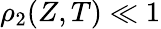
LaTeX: \rho_{2}(Z,T)\ll 1